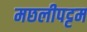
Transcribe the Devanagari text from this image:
मछलीपट्टम